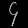
Digit: ၄